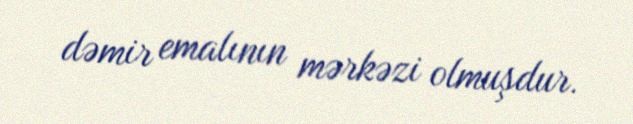
dəmir emalının mərkəzi olmuşdur.